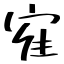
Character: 寉